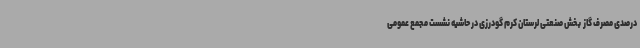
درصدی مصرف گاز  بخش صنعتی لرستان کرم گودرزی در حاشیه نشست مجمع عمومی